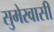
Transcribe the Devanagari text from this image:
सुमेरवासी